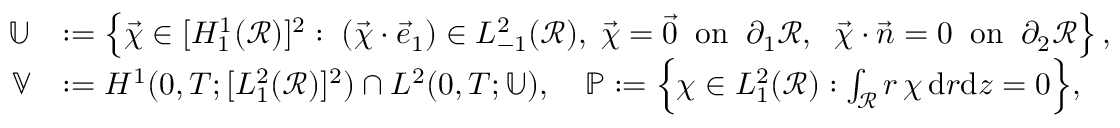
\begin{array} { r l } { \mathbb { U } } & { : = \left\{ \vec { \chi } \in [ H _ { 1 } ^ { 1 } ( \mathcal { R } ) ] ^ { 2 } : \; ( \vec { \chi } \cdot \vec { e } _ { 1 } ) \in L _ { - 1 } ^ { 2 } ( \mathcal { R } ) , \; \vec { \chi } = \vec { 0 } \; \; \mathrm { o n } \; \; \partial _ { 1 } \mathcal { R } , \; \; \vec { \chi } \cdot \vec { n } = 0 \; \; \mathrm { o n } \; \; \partial _ { 2 } \mathcal { R } \right\} , } \\ { \mathbb { V } } & { : = H ^ { 1 } ( 0 , T ; [ L _ { 1 } ^ { 2 } ( \mathcal { R } ) ] ^ { 2 } ) \cap L ^ { 2 } ( 0 , T ; \mathbb { U } ) , \quad \mathbb { P } : = \Bigl \{ \chi \in L _ { 1 } ^ { 2 } ( \mathcal { R } ) : \int _ { \mathcal { R } } r \, \chi \, \mathrm { d } r \mathrm { d } z = 0 \Bigr \} , } \end{array}